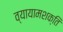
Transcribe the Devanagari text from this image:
व्यायामशक्ति